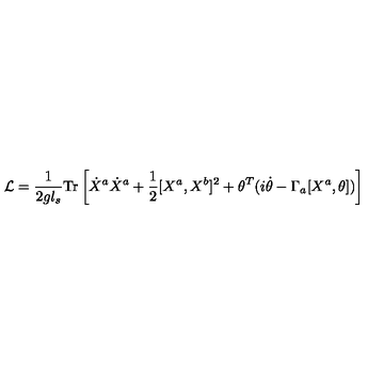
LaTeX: { \cal L } = \frac { 1 } { 2 g l _ { s } } \mathrm { T r } \left[ \dot { X } ^ { a } \dot { X } ^ { a } + \frac { 1 } { 2 } [ X ^ { a } , X ^ { b } ] ^ { 2 } + \theta ^ { T } ( i \dot { \theta } - \Gamma _ { a } [ X ^ { a } , \theta ] ) \right]